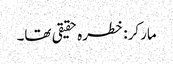
مارکر: خطرہ حقیقی تھا۔